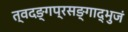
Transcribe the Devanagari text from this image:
त्वदङ्गप्रसङ्गाद्भुजं